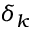
\delta _ { k }